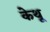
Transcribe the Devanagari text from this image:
केथू